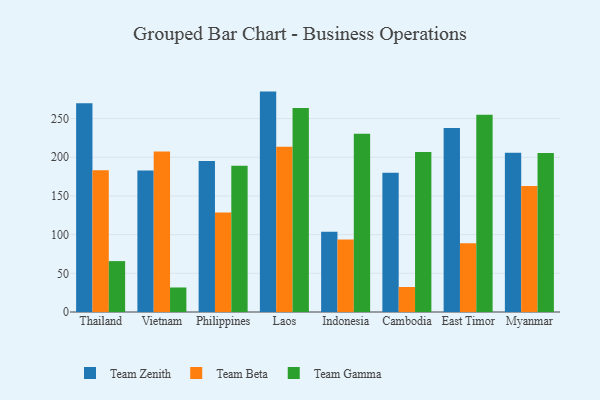
{"axis": {"x": "Country", "y": "Demand Index"}, "legend": ["Team Beta", "Team Gamma", "Team Zenith"], "data": [{"x": "Thailand", "y": 269.9, "type": "Team Zenith"}, {"x": "Thailand", "y": 183.1, "type": "Team Beta"}, {"x": "Thailand", "y": 65.8, "type": "Team Gamma"}, {"x": "Vietnam", "y": 183.0, "type": "Team Zenith"}, {"x": "Vietnam", "y": 207.6, "type": "Team Beta"}, {"x": "Vietnam", "y": 31.7, "type": "Team Gamma"}, {"x": "Philippines", "y": 195.3, "type": "Team Zenith"}, {"x": "Philippines", "y": 128.6, "type": "Team Beta"}, {"x": "Philippines", "y": 189.0, "type": "Team Gamma"}, {"x": "Laos", "y": 284.9, "type": "Team Zenith"}, {"x": "Laos", "y": 213.7, "type": "Team Beta"}, {"x": "Laos", "y": 263.8, "type": "Team Gamma"}, {"x": "Indonesia", "y": 103.6, "type": "Team Zenith"}, {"x": "Indonesia", "y": 93.7, "type": "Team Beta"}, {"x": "Indonesia", "y": 230.5, "type": "Team Gamma"}, {"x": "Cambodia", "y": 179.9, "type": "Team Zenith"}, {"x": "Cambodia", "y": 32.3, "type": "Team Beta"}, {"x": "Cambodia", "y": 206.8, "type": "Team Gamma"}, {"x": "East Timor", "y": 237.9, "type": "Team Zenith"}, {"x": "East Timor", "y": 88.8, "type": "Team Beta"}, {"x": "East Timor", "y": 255.1, "type": "Team Gamma"}, {"x": "Myanmar", "y": 205.9, "type": "Team Zenith"}, {"x": "Myanmar", "y": 162.9, "type": "Team Beta"}, {"x": "Myanmar", "y": 205.4, "type": "Team Gamma"}]}